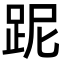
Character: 跜